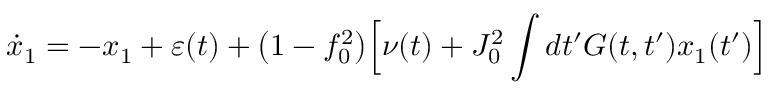
\dot { x } _ { 1 } = - x _ { 1 } + \varepsilon ( t ) + \big ( 1 - f _ { 0 } ^ { 2 } \big ) \Big [ \nu ( t ) + J _ { 0 } ^ { 2 } \int d t ^ { \prime } G ( t , t ^ { \prime } ) x _ { 1 } ( t ^ { \prime } ) \Big ]